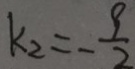
k _ { 2 } = - \frac { 9 } { 2 }